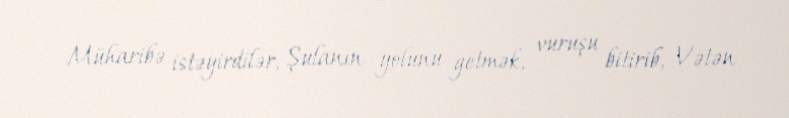
Müharibə istəyirdilər, Şulanın yolunu getmək, vuruşu bitirib, Vətən